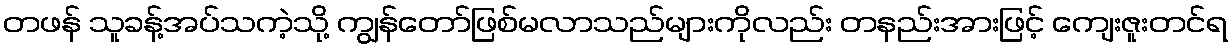
တဖန် သူခန့်အပ်သကဲ့သို့ ကျွန်တော်ဖြစ်မလာသည်များကိုလည်း တနည်းအားဖြင့် ကျေးဇူးတင်ရ